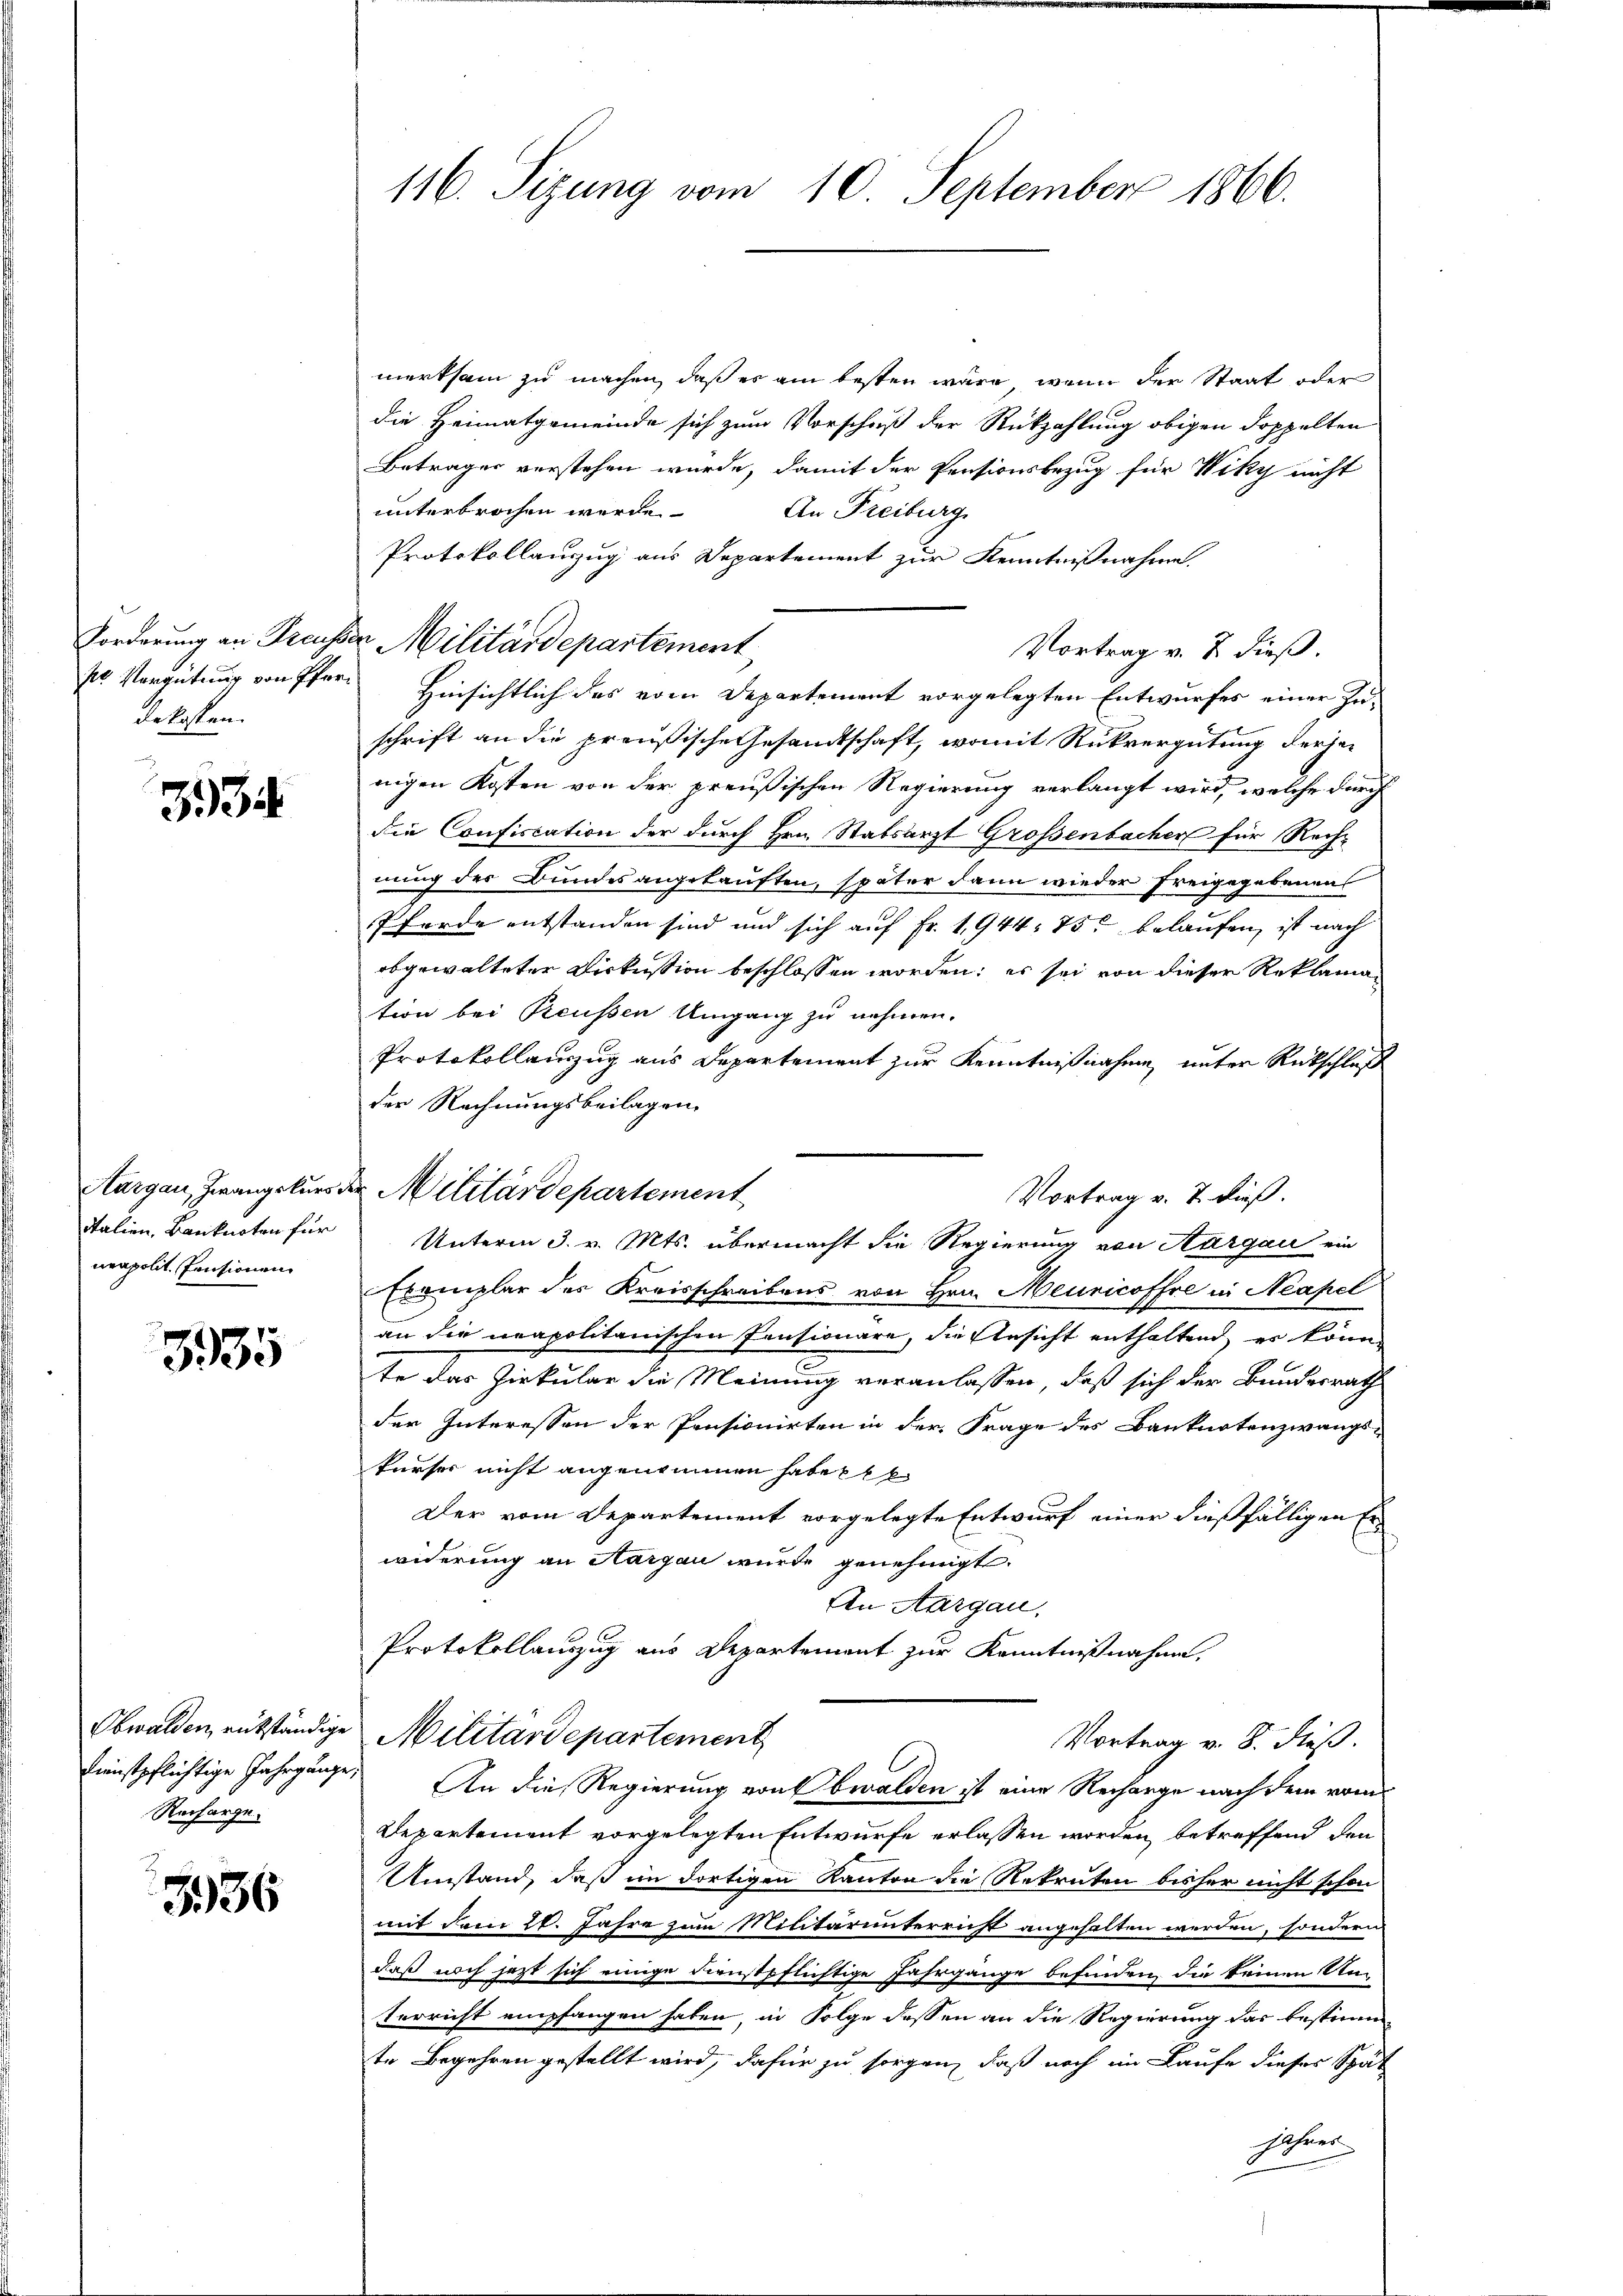
dekosten.

334

Italien, Banknoten für
neapolit. Pensionen

3935

Dienstpflichtige Jahrgänge,
Recharge.

336

116. Sizung vom 10. September 1866.

merksam zu machen, daß es am besten wäre, wenn der Staat oder
die Heimatgemeinde sich zum Vorschuß der Rückzahlung obigen doppelten
Betrages verstehen würde, damit der Pensionsbezug für Viky nicht
unterbrochen werde
An Freiburg
Protokollanzug aus Departement zur Kenntnißnahme.
Forderung an Preusser Militärdepartement
Vortrag v. 2. dieß.
pr Vergütung von Pfarr Hinsichtlich des vom Departement vorgelegten Entwurfes einer Zuschrift an die preußische Gesandtschaft, womit Rückvergütung derjenigen Kosten von der preußischen Regierung verlangt wird, welche durch
die Confiscation der durch Hrn. Stabsarzt Grossenbacher für Rechnung der Bundesangekauften, später dann wieder Freigegebenens
Pferde entstanden sind und sich auf Fr. 1944. 75 belaufen, ist nach
abgewalteter Diskussion beschlossen worden; es sei von dieser Reklamation bei Preussen Umgang zu nehmen.
Protokollauszug aus Departement zur Kenntnißnahme unter Rückschlaf
der Rechnungsbeilagen.
Unterm 3. v. Mts. übermacht die Regierung von Aargau ein
Exemplar der Kreisschreibens von Hrn. Meuricoffre in Neapel
an die neapolitanischen Pensionäre, die Gesicht enthalten, er könn
te das Zirkular die Meinung veranlassen, daß sich der Bundesrath
der Interessen der Pensionirten in der Frage des Banknotenzwangs-
kurser nicht angenommen habe e
Der vom Departement vorgelegte Entwurf einer dießfälligen Er
widerung an Margau wurde genehmigt.
An Aargau,
Protokollauszug aus Departement zur Kenntnißnahme,
Obwalden, rükständige Militärdepartement
Vortrag v. 8. dieß.
An die Regierung von bwalden ist eine Recharge nach dem vom
Departement vorgelegten Entwurfe erlassen worden, betreffend den
Umstand, daß im dortigen Kanton die Rekruten bisher nicht schon
mit dem 20. Jahre zum Militärunterricht angehalten werden, sondern
daß noch jetzt sich einige Dienstpflichtige Jahrgänge befinden, die keinen Un-
terricht empfangen haben, in Folge dessen an die Regierung das bestimm
te Begehren gestellt wird, dafür zu sorgen, daß noch im Laufe dieser Spät
jahren

Aargau, Zwangskurs der Militärdepartement

Vortrag v. 7. dieß.